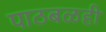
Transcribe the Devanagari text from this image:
पाठबळही